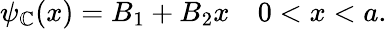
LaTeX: \psi_{\mathbb{C}}(x)=B_{1}+B_{2}x\quad0<x<a.